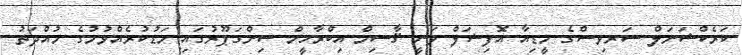
ކަރެކްޝަނަލް ސަރވިސްގެ މީޑިއާ އޮފިޝަލް ވަނީ ޤާސިމް އިބްރާހީމް ސިންގަޕޫރުގައި މަޑުކުރެއްވުމުގެ މުއްދަތު